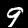
Label: 9